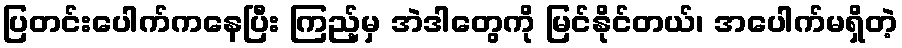
ပြတင်းပေါက်ကနေပြီး ကြည့်မှ အဲဒါတွေကို မြင်နိုင်တယ်၊ အပေါက်မရှိတဲ့